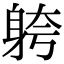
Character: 䠸